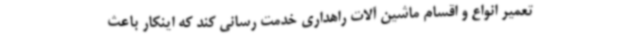
تعمیر انواع و اقسام ماشین آلات راهداری خدمت رسانی کند که اینکار باعث